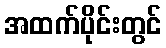
အထက်ပိုင်းတွင်